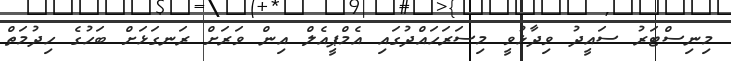
މިނިސްޓަރު ސައީދު ވިދާޅުވީ މިސަރަހައްދުގައި އެމްޕީއެލް އިން ވަރަށް ރަނގަޅަށް ބަހުގެ ހިދުމަތް